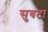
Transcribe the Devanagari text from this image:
सुबटा